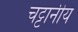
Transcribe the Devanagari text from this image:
चट्टानीय